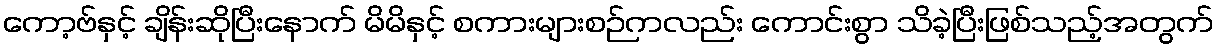
ကော့ဗ်နှင့် ချိန်းဆိုပြီးနောက် မိမိနှင့် စကားများစဉ်ကလည်း ကောင်းစွာ သိခဲ့ပြီးဖြစ်သည့်အတွက်